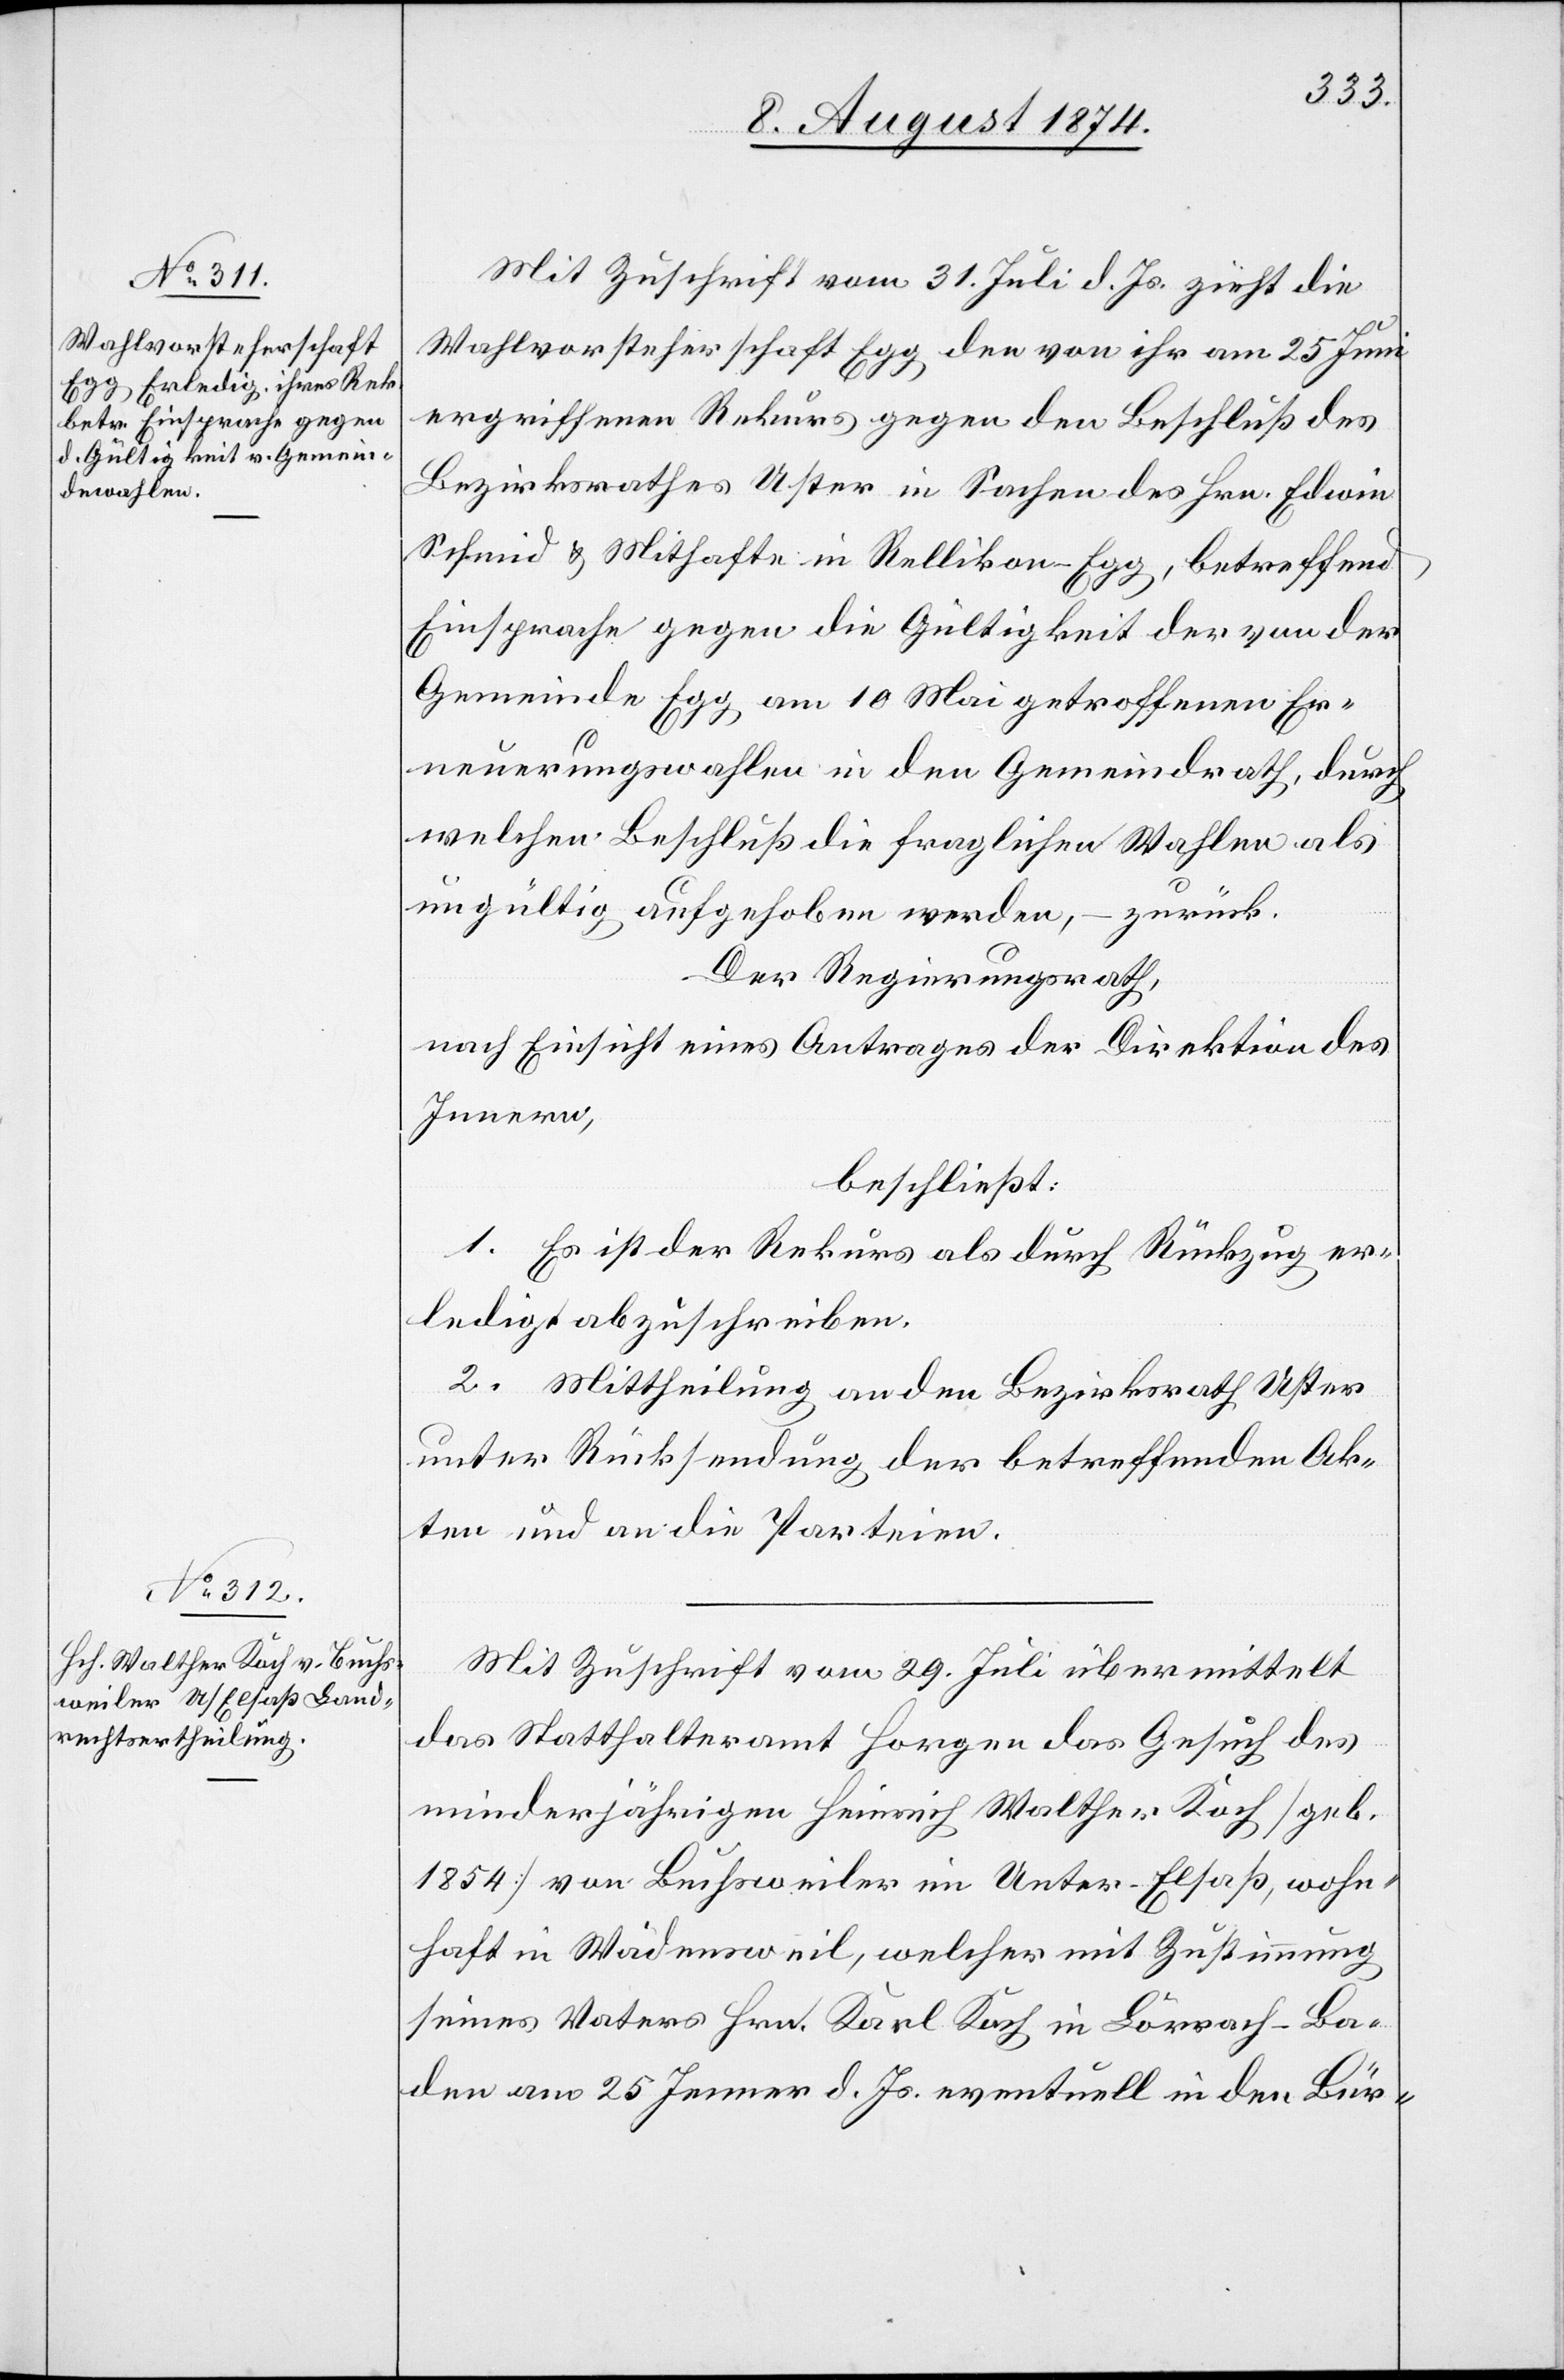
Mit Zuschrift vom 31. Juli d. Js. zieht die
Wahlvorsteherschaft Egg den von ihr am 25. Juni
ergriffenen Rekurs gegen den Beschluß des
Bezirksrathes Uster in Sachen des Hrn. Edwin
Schmid u. Mithafte in Rellikon-Egg, betreffend
Einsprache gegen die Gültigkeit der von der
Gemeinde Egg am 10. Mai getroffenen Er¬
neuerungswahlen in den Gemeindrath, durch
welchen Beschluß die fraglichen Wahlen als
ungültig aufgehoben werden, – zurück.
Der Regierungsrath,
nach Einsicht eines Antrages der Direktion des
Innern,
beschließt:
1. Es ist der Rekurs als durch Rückzug er¬
ledigt abzuschreiben.
2. Mittheilung an den Bezirksrath Uster
unter Rücksendung der betreffenden Ak¬
ten und an die Parteien.
Mit Zuschrift vom 29. Juli übermittelt
das Statthalteramt Horgen das Gesuch des
minderjährigen Heinrich Walther Koch [geb.
1854] von Buchsweiler im Unter-Elsaß, wohn¬
haft in Wädensweil, welcher mit Zustimmung
seines Vaters Hrn. Karl Koch in Lörrach-Ba¬
den am 25. Jenner d. Js. eventuell in den Bür-